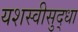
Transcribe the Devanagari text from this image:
यशस्वीसुद्धा